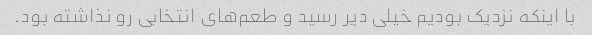
با اینکه نزدیک بودیم خیلی دیر رسید و طعم‌های انتخابی رو نذاشته بود.